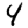
Digit: 4